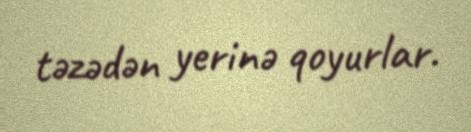
təzədən yerinə qoyurlar.